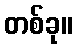
တစ်ခု။